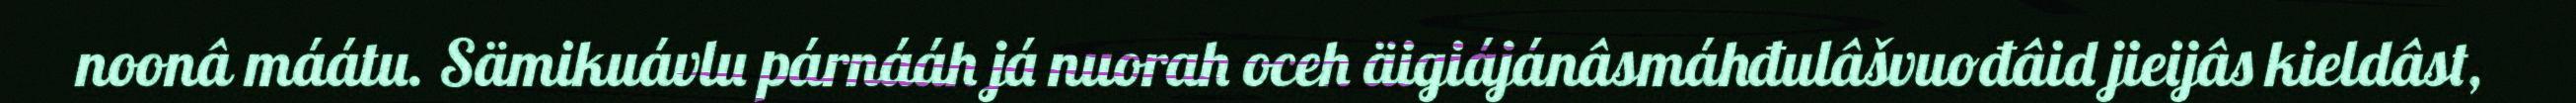
noonâ máátu. Sämikuávlu párnááh já nuorah oceh äigiájánâsmáhđulâšvuođâid jieijâs kieldâst,